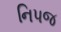
નિપજ